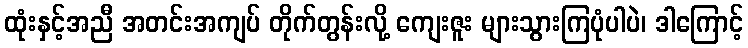
ထုံးနှင့်အညီ အတင်းအကျပ် တိုက်တွန်းလို့ ကျေးဇူး များသွားကြပုံပါပဲ၊ ဒါကြောင့်